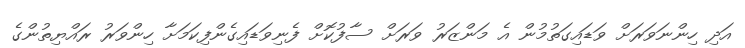
އަދި ހިންނަވަރަށް ވަޑައިގަތުމުން އެ މަންޒަރު ވަރަށް ސާފުކޮށް ފެނިވަޑައިގެންފިކަމަށާ ހިންވަރު ރައްޔިތުންގެ